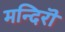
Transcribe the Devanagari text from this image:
मन्दिरॊ